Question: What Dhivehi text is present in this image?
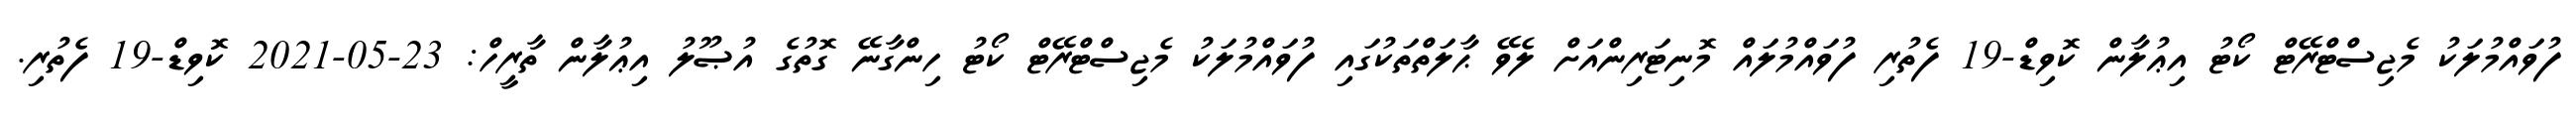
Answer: ފުވައްމުލަކު މެޖިސްޓްރޭޓް ކޯޓު އިޢުލާން ކޮވިޑް-19 ފެތުރި ފުވައްމުލައް މޮނިޓަރިންއަށް ލެވޭ ޙާލަތްތަކުގައި ފުވައްމުލަކު މެޖިސްޓްރޭޓް ކޯޓު ހިންގާނޭ ގޮތުގެ އުޞޫލު އިޢުލާން ތާރީހް: 23-05-2021 ކޮވިޑް-19 ފެތުރި.